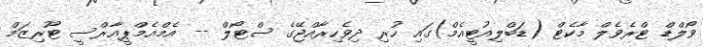
ވޯލްޑް ޓްރެވެލް މާކެޓް (ޑަބްލިއުޓީއެމް)ގައި ހުރި ދިވެހިރާއްޖޭގެ ސްޓޯލް -- އެމްއެމްޕީއާރްސީ ޓޫރިޒަމް